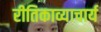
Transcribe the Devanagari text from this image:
रीतिकाव्याचार्य